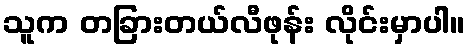
သူက တခြားတယ်လီဖုန်း လိုင်းမှာပါ။